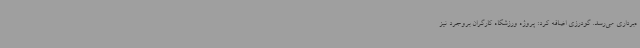
ه‌برداری می‌رسد. گودرزی اضافه کرد: پروژه ورزشگاه کارگران بروجرد نیز